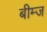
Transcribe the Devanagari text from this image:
बीम्ज